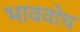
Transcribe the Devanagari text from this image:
भाववोध